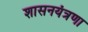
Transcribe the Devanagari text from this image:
शासनयंत्रणा